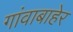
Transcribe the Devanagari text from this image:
गांवाबाहेर